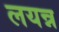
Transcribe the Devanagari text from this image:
लयन्न